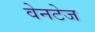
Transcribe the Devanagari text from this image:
वेनटेज